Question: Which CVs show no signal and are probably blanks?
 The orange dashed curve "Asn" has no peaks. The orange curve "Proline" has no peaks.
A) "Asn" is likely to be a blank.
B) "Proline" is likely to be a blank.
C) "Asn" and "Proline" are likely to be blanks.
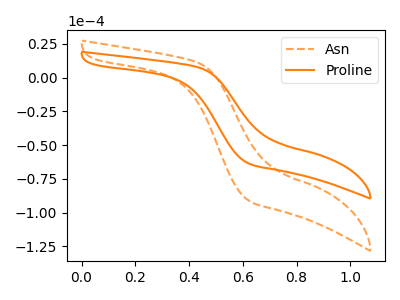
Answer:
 <answer>C) "Asn" and "Proline" are likely to be blanks.</answer>
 <eval>C</eval>